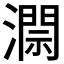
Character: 𱩐